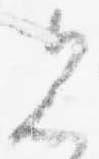
見